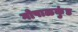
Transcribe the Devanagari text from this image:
गोपाळकुंड